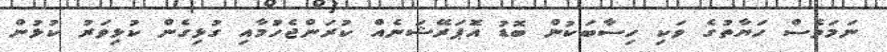
ނަމަވެސް ހަޔާތުގެ ވަކި ހިސާބަކުން ބޮޑު އޮަޕަރޭޝަނެއް ކުރަންޖެހުމާއި ގުޅިގެން ކުޅިވަރު ކުޅުން